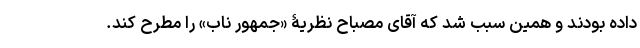
داده بودند و همین سبب شد که آقای مصباح نظریۀ «جمهور ناب» را مطرح کند.